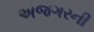
અજગરની